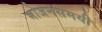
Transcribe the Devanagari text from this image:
भोजनसमयी